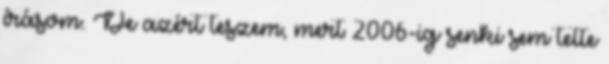
írásom. De azért teszem, mert 2006-ig senki sem tette